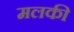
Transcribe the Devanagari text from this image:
मलकी